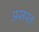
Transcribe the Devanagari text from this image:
असस्त